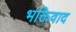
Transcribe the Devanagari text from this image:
भक्तिवाद